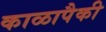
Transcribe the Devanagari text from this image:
काळापैकी